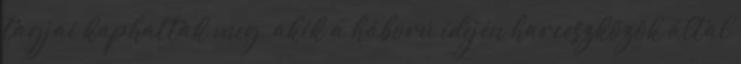
tagjai kaphattak meg, akik a háború idején harceszközök által